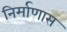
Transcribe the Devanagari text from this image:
निर्माणास